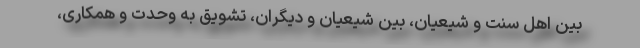
بین اهل سنت و شیعیان، بین شیعیان و دیگران، تشویق به وحدت و همکاری،